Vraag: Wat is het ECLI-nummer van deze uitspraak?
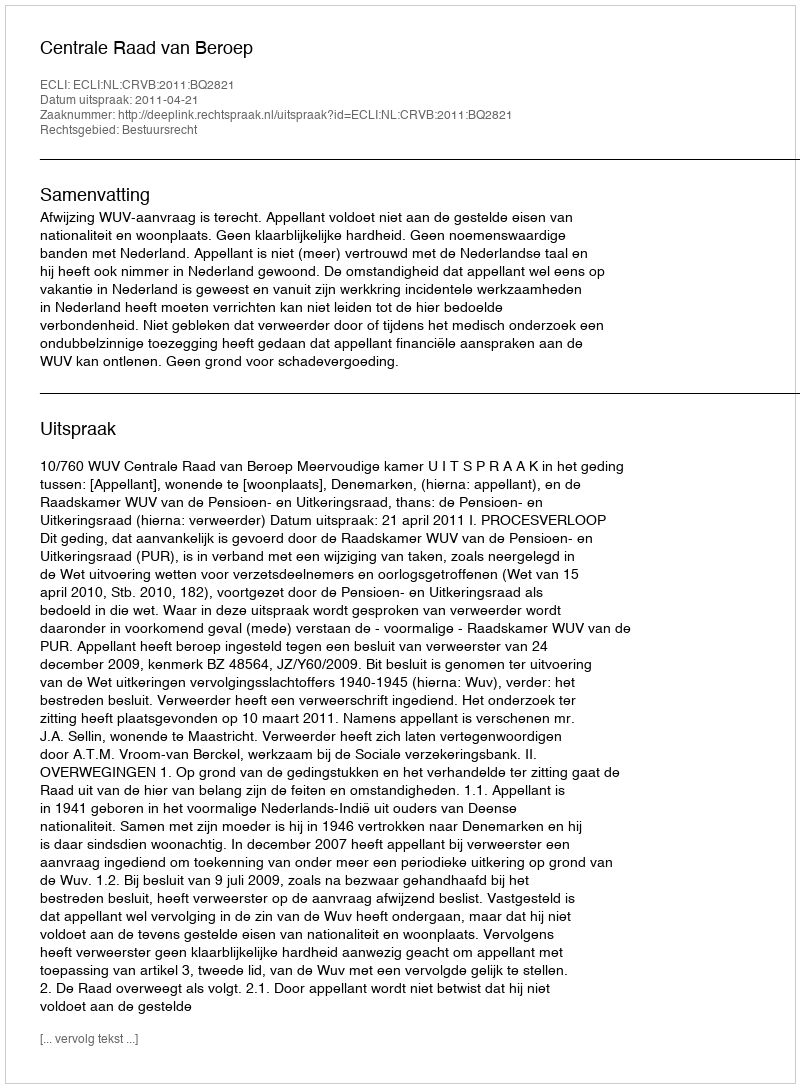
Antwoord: ECLI:NL:CRVB:2011:BQ2821